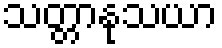
သတ္တာနုသယာ